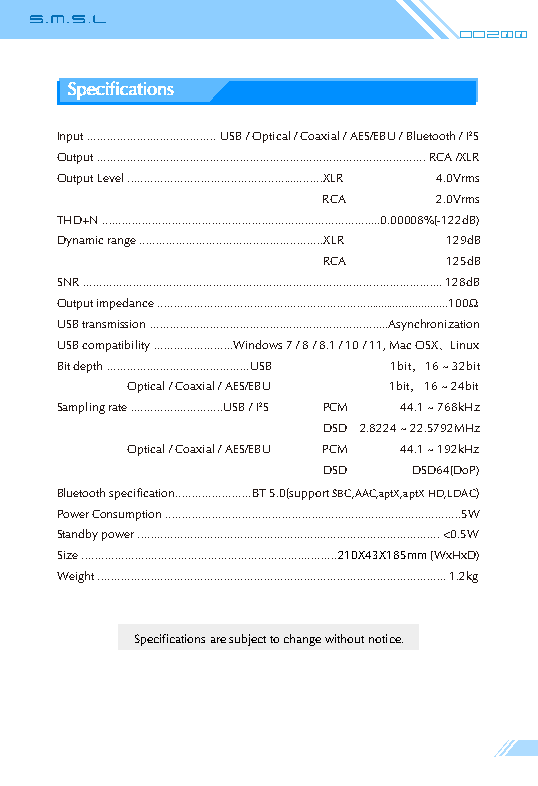
Do200
 Specifications
 Input ....................................... USB / Optical / Coaxial / AES/EBU / Bluetooth / I2S
 Output ................................................................................................... RCA /XLR
 Output Level ...........................................................XLR 4.0Vrms
 RCA     2.0Vrms
 THD+N ....................................................................................0.00008%(-122dB)
 Dynamic range .......................................................XLR 129dB
 RCA      125dB
 SNR ............................................................................................................ 128dB
 Output impedance ...........................................................................................100Ω
 USB transmission ........................................................................Asynchronization
 USB compatibility ........................Windows 7 / 8 / 8.1 / 10 / 11, Mac OSX、Linux
 Bit depth ...........................................USB 1bit， 16 ~ 32bit
 Optical / Coaxial / AES/EBU 1bit， 16 ~ 24bit
 Sampling rate ............................USB / I2S PCM 44.1 ~ 768kHz
 DSD 2.8224 ~ 22.5792MHz
 Optical / Coaxial / AES/EBU PCM 44.1 ~ 192kHz
 DSD   DSD64(DoP)
 Bluetooth specification.......................BT 5.0(support SBC,AAC,aptX,aptX HD,LDAC)
 Power Consumption .........................................................................................5W
 Standby power ........................................................................................... <0.5W
 Size .............................................................................210X43X185mm (WxHxD)
 Weight ......................................................................................................... 1.2kg
 Specifications are subject to change without notice.